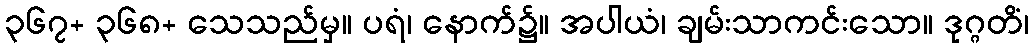
၃၆၇+ ၃၆၈+ သေသည်မှ။ ပရံ၊ နောက်၌။ အပါယံ၊ ချမ်းသာကင်းသော။ ဒုဂ္ဂတိံ၊